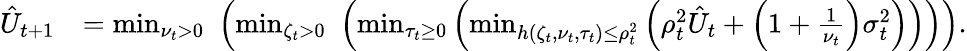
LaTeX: \begin{array}{rl}{\hat{U}_{t+1}}&{=\operatorname*{min}_{\nu_{t}>0}\, \, \left(\operatorname*{min}_{\zeta_{t}>0}\, \, \left(\operatorname*{min}_{\tau_{t}\geq 0}\left(\operatorname*{min}_{h\left(\zeta_{t},\nu_{t},\tau_{t}\right)\le\rho_{t}^{2}}\left(\rho_{t}^{2}\hat{U}_{t}+\left(1+\frac{1}{\nu_{t}}\right)\sigma_{t}^{2}\right)\right)\right)\right).}\end{array}